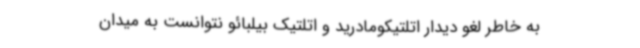
به خاطر لغو دیدار اتلتیکومادرید و اتلتیک بیلبائو نتوانست به میدان